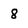
Character: 8